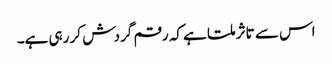
اس سے تاثر ملتا ہے کہ رقم گردش کر رہی ہے۔